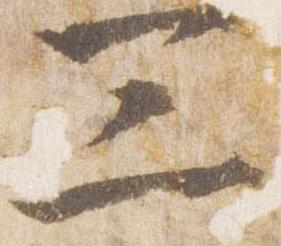
三